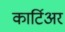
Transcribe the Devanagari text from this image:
कार्टिअर